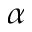
\alpha